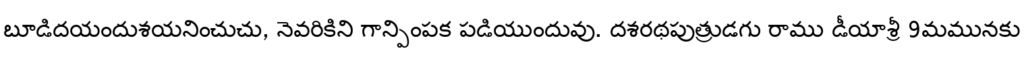
బూడిదయందుశయనించుచు, నెవరికిని గాన్పింపక పడియుందువు. దశరథపుత్రుడగు రాము డీయాశ్రీ 9మమునకు